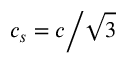
{ c _ { s } } = { c \mathord { \left/ { \vphantom { c { \sqrt 3 } } } \right. \kern - \nulldelimiterspace } { \sqrt 3 } }